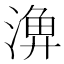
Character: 𣺆